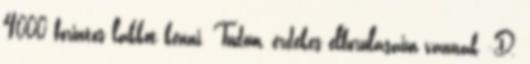
4000 forintos lakkot kenni. Tudom, érdekes elborulásaim vannak :D.